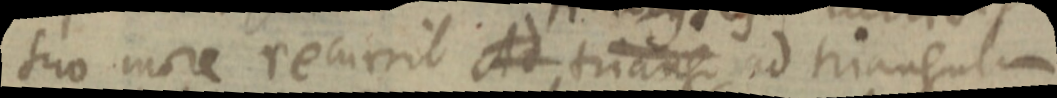
suo more recurrit Ad triang ad triangulum